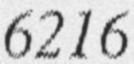
6216